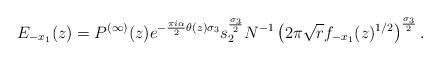
LaTeX: \begin{align*}E_{-x_{1}}(z) = P^{(\infty)}(z)e^{-\frac{\pi i \alpha}{2}\theta(z)\sigma_{3}}s_{2}^{\frac{\sigma_{3}}{2}}N^{-1}\left( 2\pi \sqrt{r}f_{-x_{1}}(z)^{1/2} \right)^{\frac{\sigma_{3}}{2}}.\end{align*}